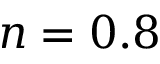
n = 0 . 8